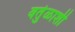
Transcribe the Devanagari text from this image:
वर्तुळाशी